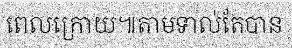
ពេលក្រោយ៕តាមទាល់តែបាន